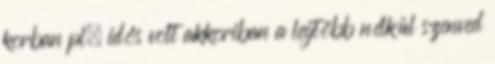
korban pl. idős volt akkoriban a legtöbb nélkül szenved